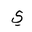
Letter: _ya